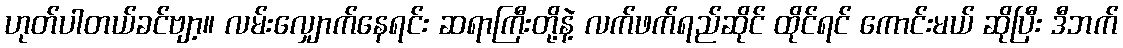
ဟုတ်ပါတယ်ခင်ဗျာ့။ လမ်းလျှောက်နေရင်း ဆရာကြီးတို့နဲ့ လက်ဖက်ရည်ဆိုင် ထိုင်ရင် ကောင်းမယ် ဆိုပြီး ဒီဘက်